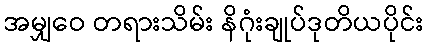
အမျှဝေ တရားသိမ်း နိဂုံးချုပ်ဒုတိယပိုင်း